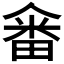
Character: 𤲞